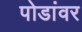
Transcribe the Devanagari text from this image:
पोडांवर